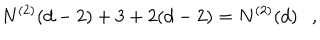
LaTeX: N ^ { ( 2 ) } ( d - 2 ) + 3 + 2 ( d - 2 ) = N ^ { ( 2 ) } ( d ) ,